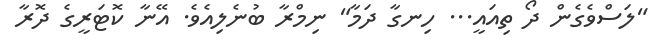
"ލަސްވެގެން ދޯ ތިއައީ... ހިނގާ ދަމާ" ނިމްރާ ބުނެލިއެވެ. އޭނާ ކޮޓަރީގެ ދޮރާ